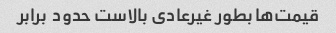
قیمت‌ها بطور غیرعادی بالاست حدود  برابر